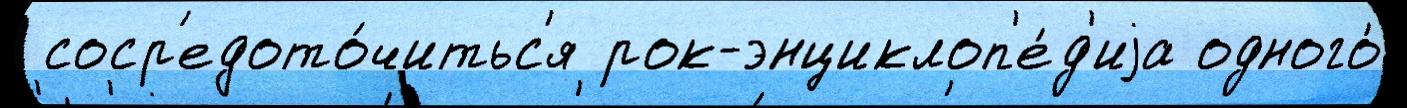
 соср'едото́читьс'я рок-энциклоп'е́д'иjа одного́